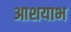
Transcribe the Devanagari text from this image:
आशयाभ